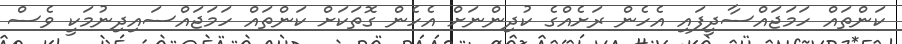
ކަންތައް ހަމަޖައްސާދީފައި އެހެން ރަށެއްގެ ކުދިންނަށް އެހެން ގޮތަކަށް ކަންތައް ހަމަޖައްސައިދިނުމަކީ ވެސް